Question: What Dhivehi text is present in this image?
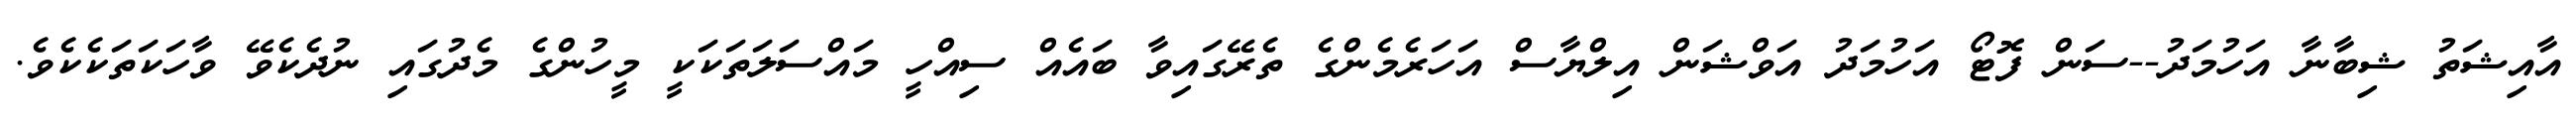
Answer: އާއިޝަތު ޝިބާނާ އަހުމަދު--ސަން ފޮޓޯ އަހުމަދު އަވްޝަން އިލްޔާސް އަހަރެމެންގެ ތެރޭގައިވާ ބައެއް ސިއްހީ މައްސަލަތަކަކީ މީހުންގެ މެދުގައި ނުދެކެވޭ ވާހަކަތަކެކެވެ.